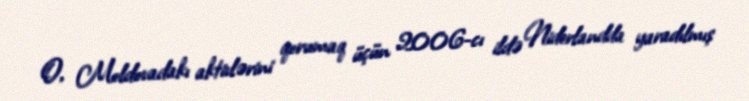
O, Moldovadakı aktivlərini qorumaq üçün 2006-cı ildə Niderlandda yaradılmış